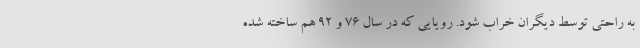
به راحتی توسط دیگران خراب شود. رویایی که در سال 76 و 92 هم ساخته شده